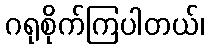
ဂရုစိုက်ကြပါတယ်၊